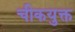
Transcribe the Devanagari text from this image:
चीकयुक्त